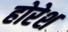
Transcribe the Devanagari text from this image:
होरेश